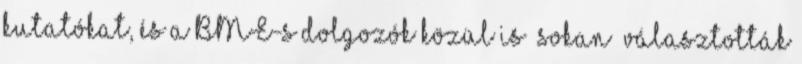
kutatókat, és a BME-s dolgozók közül is „sokan” választották